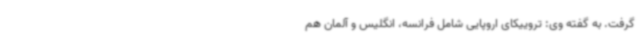
گرفت. به گفته وی: تروییکای اروپایی شامل فرانسه، انگلیس و آلمان هم